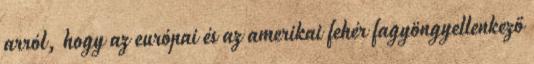
arról, hogy az európai és az amerikai fehér fagyöngyellenkező